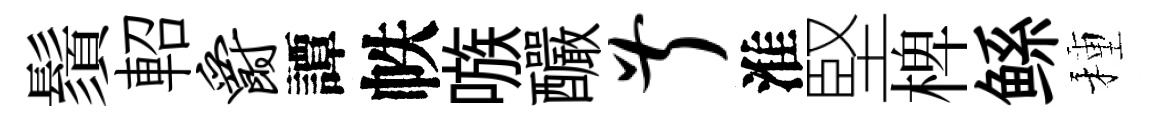
鬚軺爵譚帙嗾釅叔淮堅椑鲧種